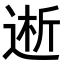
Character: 𮞝